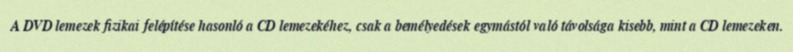
A DVD lemezek fizikai felépítése hasonló a CD lemezekéhez, csak a bemélyedések egymástól való távolsága kisebb, mint a CD lemezeken.